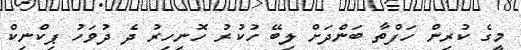
މީގެ ކުރިން ހަފްތާ ބަންދަށް ލިބޭ ހުކުރު ހޮނިހިރު ދެ ދުވަހު ޕިކްނިކް